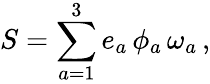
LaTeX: S=\sum_{a=1}^{3}e_{a}\, \phi_{a}\, \omega_{a}\, ,